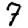
Digit: 7